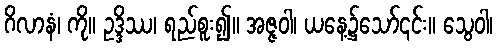
ဂိလာနံ၊ ကို။ ဥဒ္ဒိဿ၊ ရည်စူး၍။ အဇ္ဇဝါ၊ ယနေ့၌သော်၎င်း။ သွေဝါ၊